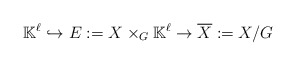
\begin{align*} \mathbb{K}^{\ell} \hookrightarrow E:=X \times_G \mathbb{K}^{\ell} \rightarrow \overline{X}:=X/G \end{align*}